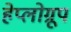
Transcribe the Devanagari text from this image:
हेप्लोग्रूप